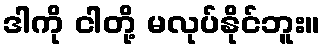
ဒါကို ငါတို့ မလုပ်နိုင်ဘူး။